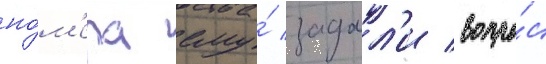
но́м'ера ему́ задал'и вопро́с